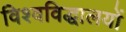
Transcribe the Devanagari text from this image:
विश्वविद्धालयों